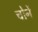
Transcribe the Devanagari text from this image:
चोर्ने